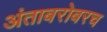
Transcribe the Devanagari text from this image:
अंताबरोबरच